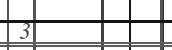
3